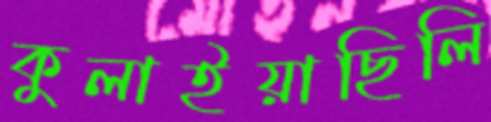
কুলাইয়াছিলি